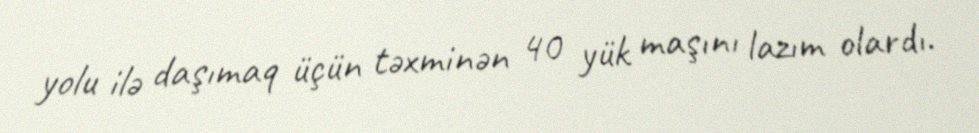
yolu ilə daşımaq üçün təxminən 40 yük maşını lazım olardı.